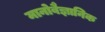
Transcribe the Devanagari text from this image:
मानोवैज्ञानिक